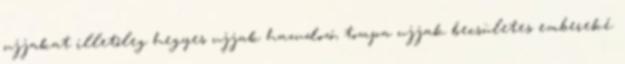
ujjakat illetőleg hegyes ujjak hazudozó, tompa ujjak becsületes embereké.